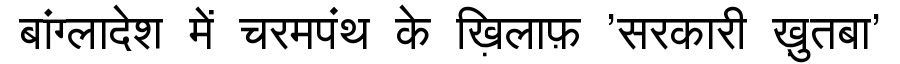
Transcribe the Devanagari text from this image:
बांग्लादेश में चरमपंथ के ख़िलाफ़ 'सरकारी ख़ुतबा'